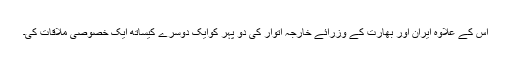
اس کے علاوہ ایران اور بھارت کے وزرائے خارجہ اتوار کی دو پہر کوایک دوسرے کیساتھ ایک خصوصی ملاقات کی۔